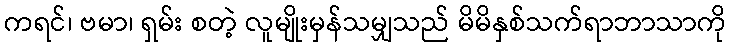
ကရင်၊ ဗမာ၊ ရှမ်း စတဲ့ လူမျိုးမှန်သမျှသည် မိမိနှစ်သက်ရာဘာသာကို